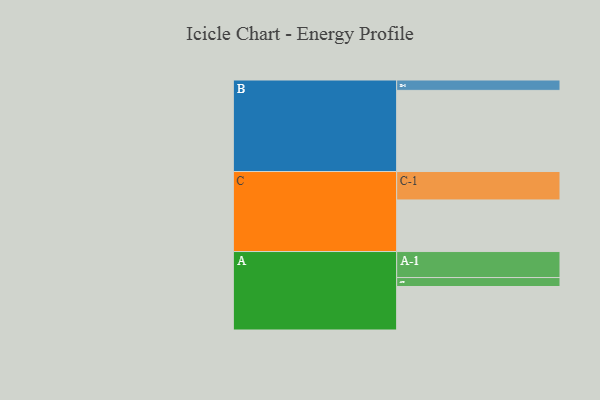
{"axis": {"x": "Segment", "y": "Value"}, "legend": ["", "A", "B", "C"], "data": [{"x": "A", "y": 306, "type": ""}, {"x": "B", "y": 571, "type": ""}, {"x": "C", "y": 363, "type": ""}, {"x": "A-1", "y": 183, "type": "A"}, {"x": "A-2", "y": 63, "type": "A"}, {"x": "B-1", "y": 73, "type": "B"}, {"x": "C-1", "y": 200, "type": "C"}]}